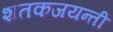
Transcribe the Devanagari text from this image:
शतकजयन्ती